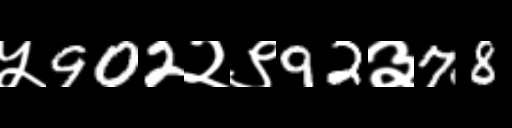
Text: ५902२९92३78